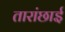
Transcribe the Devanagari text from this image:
तारांछाई